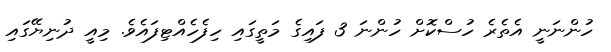
ހުންނަނީ އެތެރެ ހުސްކޮށް ހުންނަ 3 ފައިގެ މަތީގައި ހިފެހެއްޓިފައެވެ. މިއީ ދުނިޔޭގައި